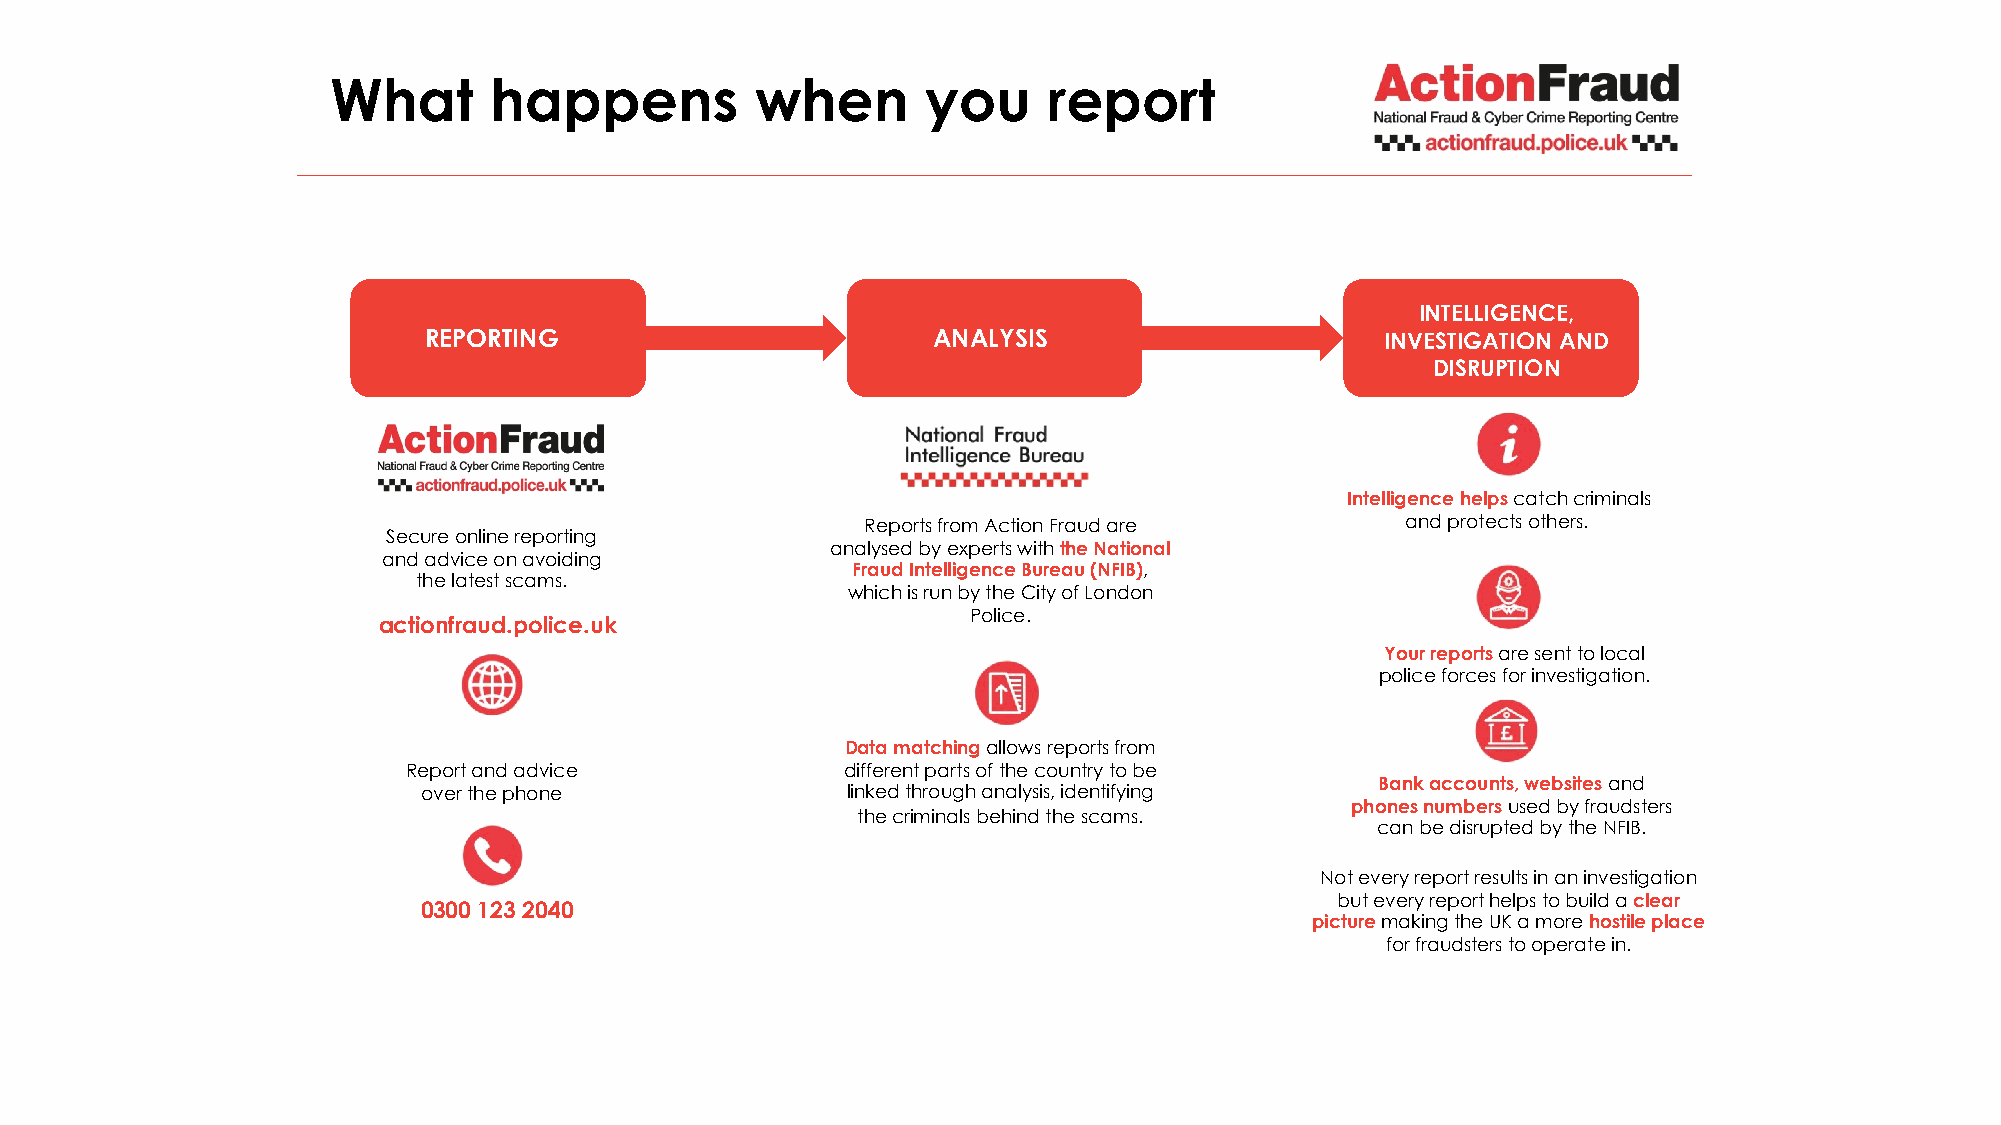
What      happens           when       you     report
 INTELLIGENCE,
 REPORTING                         ANALYSIS                      INVESTIGATION AND
 DISRUPTION
 Intelligence helps catch criminals
 Reports from Action Fraud are       and protects others.
 Secure online reporting
 analysed by experts with the National
 and advice on avoiding
 Fraud Intelligence Bureau (NFIB),
 the latest scams.
 which is run by the City of London
 Police.
 actionfraud.police.uk
 Your reports are sent to local
 police forces for investigation.
 Data matching allows reports from
 Report and advice            different parts of the country to be
 Bank accounts, websites and
 over the phone              linked through analysis, identifying
 phones numbers used by fraudsters
 the criminals behind the scams.
 can be disrupted by the NFIB.
 Not every report results in an investigation
 but every report helps to build a clear
 0300 123 2040
 picturemaking the UK a more hostile place
 for fraudsters to operate in.